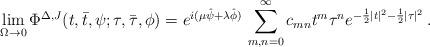
LaTeX: \begin{align*} \lim_{\Omega\to 0}\Phi^{\Delta,J}(t,\bar t,\psi; \tau, \bar\tau, \phi) =e^{i(\mu\hat\psi + \lambda \hat\phi)}\, \sum_{m,n=0}^\infty c_{mn} t^m \tau^n e^{-\frac{1}{2}|t|^2-\frac{1}{2}|\tau|^2}\,.\end{align*}